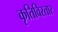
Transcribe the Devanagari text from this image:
कृतिविस्तार